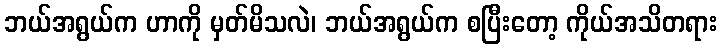
ဘယ်အရွယ်က ဟာကို မှတ်မိသလဲ၊ ဘယ်အရွယ်က စပြီးတော့ ကိုယ်အသိတရား